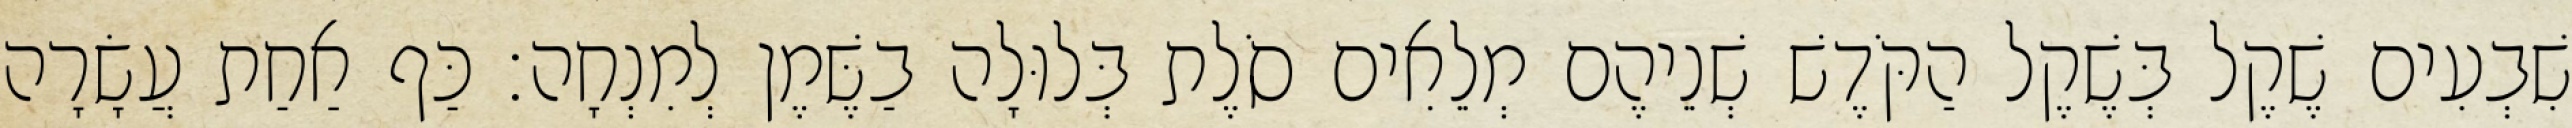
שִׁבְעִים שֶׁקֶל בְּשֶׁקֶל הַקֹּדֶשׁ שְׁנֵיהֶם מְלֵאִים סֹלֶת בְּלוּלָה בַשֶּׁמֶן לְמִנְחָה׃ כַּף אַחַת עֲשָׂרָה